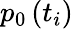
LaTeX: p_{0}\left(t_{i}\right)